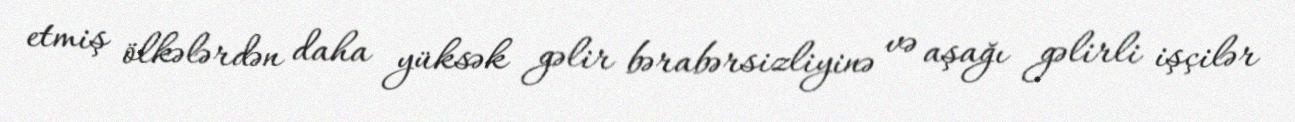
etmiş ölkələrdən daha yüksək gəlir bərabərsizliyinə və aşağı gəlirli işçilər